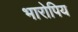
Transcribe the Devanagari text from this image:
भारोपिय